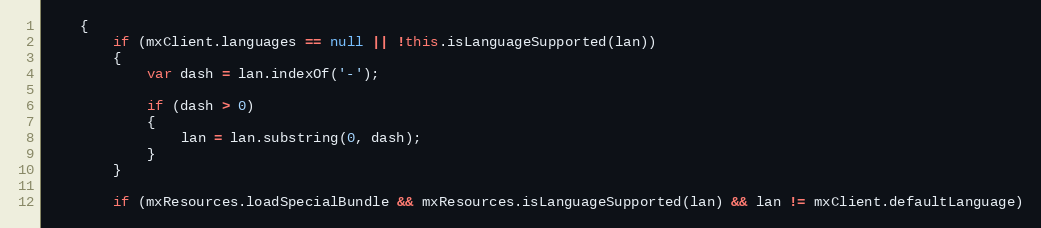
Language: JavaScript
	{
		if (mxClient.languages == null || !this.isLanguageSupported(lan))
		{
			var dash = lan.indexOf('-');

			if (dash > 0)
			{
				lan = lan.substring(0, dash);
			}
		}

		if (mxResources.loadSpecialBundle && mxResources.isLanguageSupported(lan) && lan != mxClient.defaultLanguage)